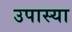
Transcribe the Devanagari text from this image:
उपास्या